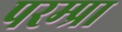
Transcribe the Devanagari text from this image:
परम्प्रा